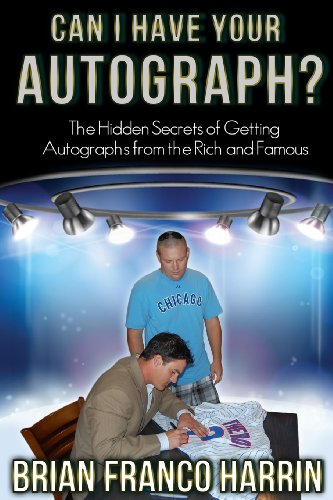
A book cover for Can I Have Your Autograph?: The Hidden Secrets of Getting Autographs from the Rich and Famous; Brian Franco Harrin; Crafts, Hobbies & Home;